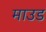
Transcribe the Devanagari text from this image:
माउड